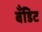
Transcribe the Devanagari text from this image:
बँडिट